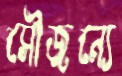
সৌজন্যে